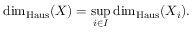
\dim _ { \operatorname { H a u s } } ( X ) = \operatorname* { s u p } _ { i \in I } \dim _ { \operatorname { H a u s } } ( X _ { i } ) .